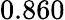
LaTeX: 0.860